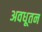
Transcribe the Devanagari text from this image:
अवधूतन